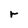
Character: r